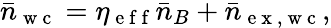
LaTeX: \bar{n}_{\mathrm{~w~c~}}=\eta_{\mathrm{~e~f~f~}}\bar{n}_{B}+\bar{n}_{\mathrm{~e~x~,~w~c~}},